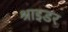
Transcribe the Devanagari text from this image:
श्राइडर